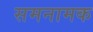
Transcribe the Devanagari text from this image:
समनामक